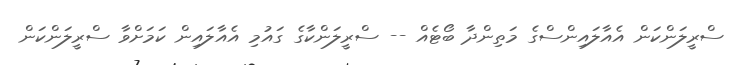
ސްރީލަންކަން އެއާލައިންސްގެ މަތިންދާ ބޯޓެއް -- ސްރީލަންކާގެ ގައުމި އެއާލައިން ކަމަށްވާ ސްރީލަންކަން